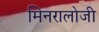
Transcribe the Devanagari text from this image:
मिनरालोजी